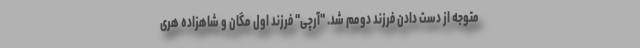
متوجه از دست دادن فرزند دومم شد. "آرچی" فرزند اول مگان و شاهزاده هری